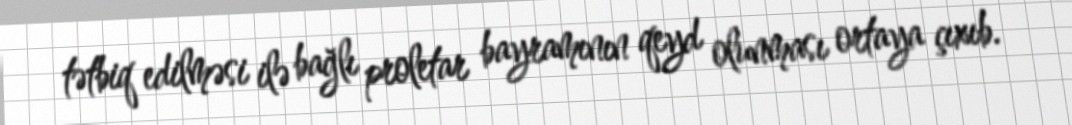
tətbiq edilməsi ilə bağlı proletar bayramının qeyd olunması ortaya çıxıb.